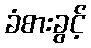
ခံစားခွင့်